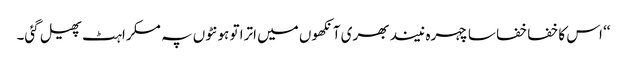
‘‘ اس کا خفا خفا سا چہرہ نیند بھری آنکھوں میں اترا تو ہونٹوں پہ مسکراہٹ پھیل گئی۔